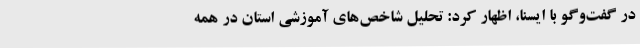
در گفت‌وگو با ایسنا، اظهار کرد: تحلیل شاخص‌های آموزشی استان در همه